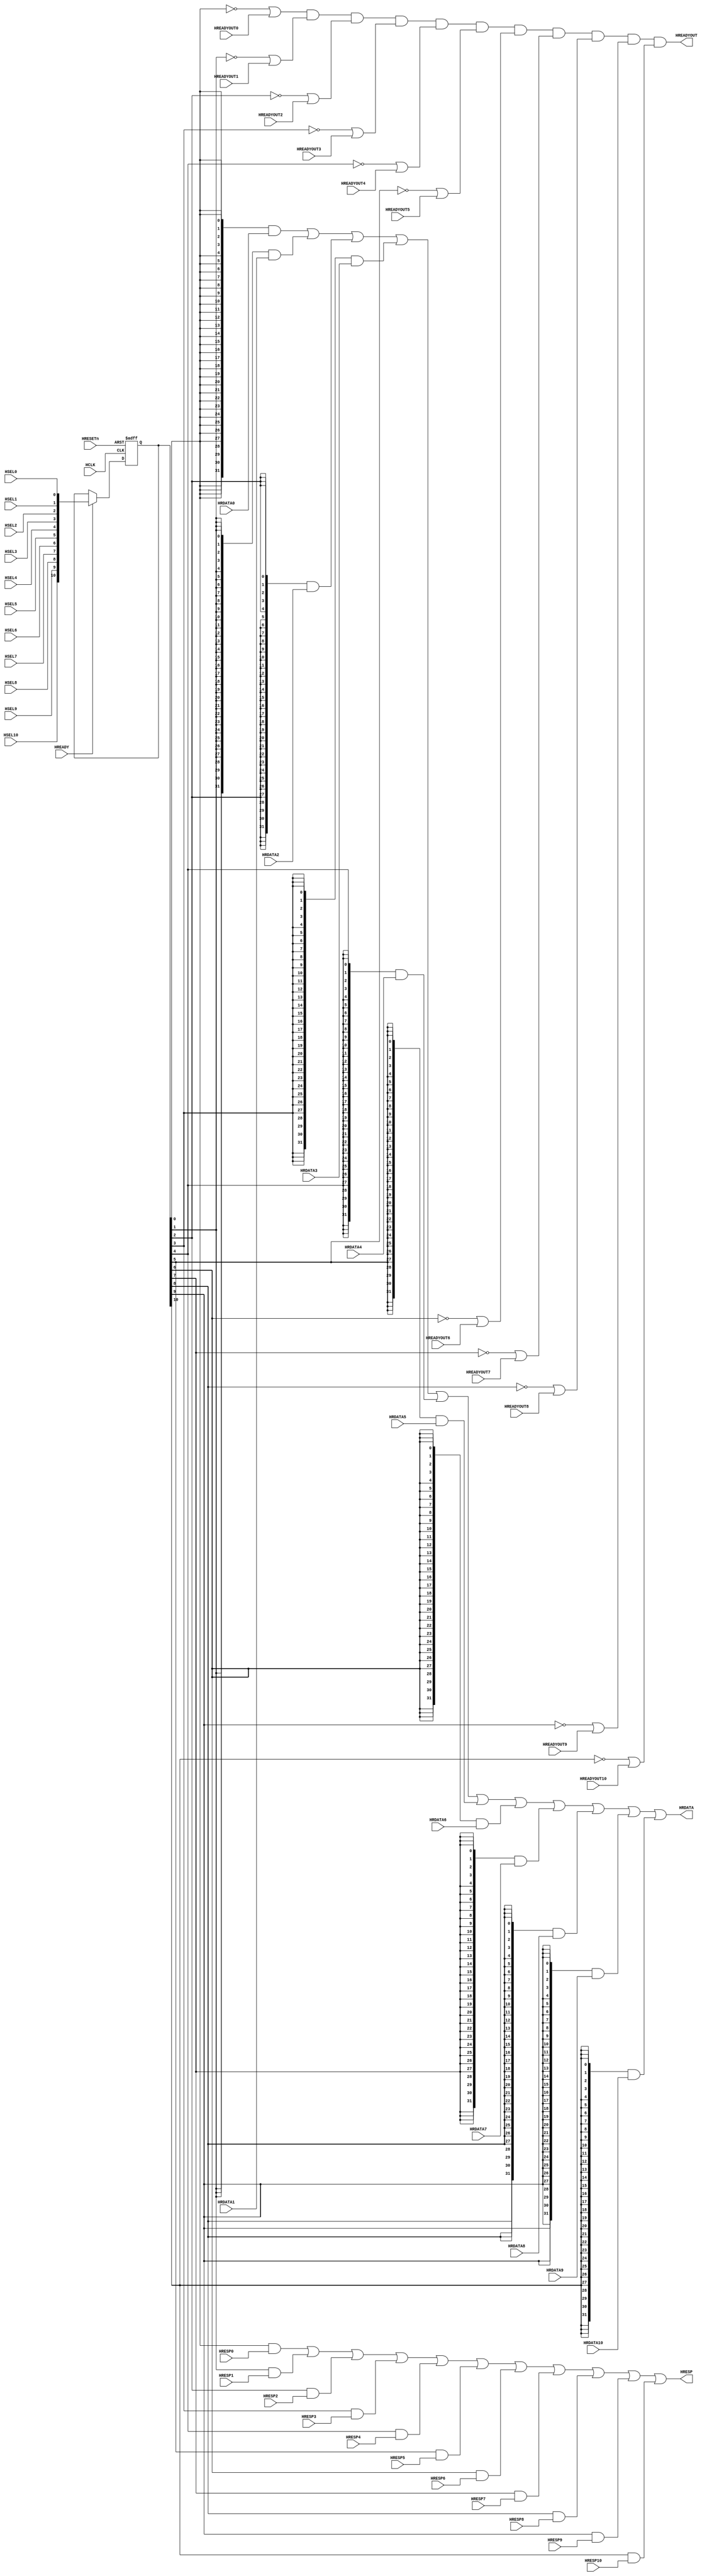
//------------------------------------------------------------------------------
// The confidential and proprietary information contained in this file may
// only be used by a person authorised under and to the extent permitted
// by a subsisting licensing agreement from ARM Limited.
//
//            (C) COPYRIGHT 2010-2015  ARM Limited or its affiliates.
//                ALL RIGHTS RESERVED
//
// This entire notice must be reproduced on all copies of this file
// and copies of this file may only be made by a person if such person is
// permitted to do so under the terms of a subsisting license agreement
// from ARM Limited.
//
//  Version and Release Control Information:
//
//  File Revision       : $Revision: 275084 $
//  File Date           : $Date: 2014-03-27 15:09:11 +0000 (Thu, 27 Mar 2014) $
//
//  Release Information : Cortex-M0 DesignStart-r1p0-00rel0
//------------------------------------------------------------------------------
// Verilog-2001 (IEEE Std 1364-2001)
//------------------------------------------------------------------------------
//
//-----------------------------------------------------------------------------
// Abstract : Simple AHB slave multiplexer
//-----------------------------------------------------------------------------
// Each port can be disabled by parameter if not used.

module cmsdk_ahb_slave_mux #(
  // Parameters to enable/disable ports
  // By default all ports are enabled
  parameter PORT0_ENABLE=1,
  parameter PORT1_ENABLE=1,
  parameter PORT2_ENABLE=1,
  parameter PORT3_ENABLE=1,
  parameter PORT4_ENABLE=1,
  parameter PORT5_ENABLE=1,
  parameter PORT6_ENABLE=1,
  parameter PORT7_ENABLE=1,
  parameter PORT8_ENABLE=1,
  parameter PORT9_ENABLE=1,
  parameter PORT10_ENABLE=1,

  // Data Bus Width
  parameter DW=32
 )
 (
 
   //user deifine
  input  wire          HSEL10,      // HSEL for AHB Slave #10
  input  wire          HREADYOUT10, // HREADY for Slave connection #10
  input  wire          HRESP10,     // HRESP  for slave connection #10
  input  wire [DW-1:0] HRDATA10,    // HRDATA for slave connection #10
 
  input  wire          HCLK,       // Clock
  input  wire          HRESETn,    // Reset
  input  wire          HREADY,     // Bus ready
  input  wire          HSEL0,      // HSEL for AHB Slave #0
  input  wire          HREADYOUT0, // HREADY for Slave connection #0
  input  wire          HRESP0,     // HRESP  for slave connection #0
  input  wire [DW-1:0] HRDATA0,    // HRDATA for slave connection #0
  input  wire          HSEL1,      // HSEL for AHB Slave #1
  input  wire          HREADYOUT1, // HREADY for Slave connection #1
  input  wire          HRESP1,     // HRESP  for slave connection #1
  input  wire [DW-1:0] HRDATA1,    // HRDATA for slave connection #1
  input  wire          HSEL2,      // HSEL for AHB Slave #2
  input  wire          HREADYOUT2, // HREADY for Slave connection #2
  input  wire          HRESP2,     // HRESP  for slave connection #2
  input  wire [DW-1:0] HRDATA2,    // HRDATA for slave connection #2
  input  wire          HSEL3,      // HSEL for AHB Slave #3
  input  wire          HREADYOUT3, // HREADY for Slave connection #3
  input  wire          HRESP3,     // HRESP  for slave connection #3
  input  wire [DW-1:0] HRDATA3,    // HRDATA for slave connection #3
  input  wire          HSEL4,      // HSEL for AHB Slave #4
  input  wire          HREADYOUT4, // HREADY for Slave connection #4
  input  wire          HRESP4,     // HRESP  for slave connection #4
  input  wire [DW-1:0] HRDATA4,    // HRDATA for slave connection #4
  input  wire          HSEL5,      // HSEL for AHB Slave #5
  input  wire          HREADYOUT5, // HREADY for Slave connection #5
  input  wire          HRESP5,     // HRESP  for slave connection #5
  input  wire [DW-1:0] HRDATA5,    // HRDATA for slave connection #5
  input  wire          HSEL6,      // HSEL for AHB Slave #6
  input  wire          HREADYOUT6, // HREADY for Slave connection #6
  input  wire          HRESP6,     // HRESP  for slave connection #6
  input  wire [DW-1:0] HRDATA6,    // HRDATA for slave connection #6
  input  wire          HSEL7,      // HSEL for AHB Slave #7
  input  wire          HREADYOUT7, // HREADY for Slave connection #7
  input  wire          HRESP7,     // HRESP  for slave connection #7
  input  wire [DW-1:0] HRDATA7,    // HRDATA for slave connection #7
  input  wire          HSEL8,      // HSEL for AHB Slave #8
  input  wire          HREADYOUT8, // HREADY for Slave connection #8
  input  wire          HRESP8,     // HRESP  for slave connection #8
  input  wire [DW-1:0] HRDATA8,    // HRDATA for slave connection #8
  input  wire          HSEL9,      // HSEL for AHB Slave #9
  input  wire          HREADYOUT9, // HREADY for Slave connection #9
  input  wire          HRESP9,     // HRESP  for slave connection #9
  input  wire [DW-1:0] HRDATA9,    // HRDATA for slave connection #9
  

  
  output wire          HREADYOUT,  // HREADY output to AHB master and AHB slaves
  output wire          HRESP,      // HRESP to AHB master
  output wire [DW-1:0] HRDATA      // Read data to AHB master
  );

  wire          mux_hready;   // multiplexed HREADY signal
  
  
  //reg     [9:0] reg_hsel;     // Register selection control
  //wire    [9:0] nxt_hsel_reg; // next state for nxt_hsel_reg

  reg     [10:0] reg_hsel;     // Register selection control
  wire    [10:0] nxt_hsel_reg; // next state for nxt_hsel_reg
  
  
  assign  nxt_hsel_reg[0] = HSEL0 & (PORT0_ENABLE!=0);
  assign  nxt_hsel_reg[1] = HSEL1 & (PORT1_ENABLE!=0);
  assign  nxt_hsel_reg[2] = HSEL2 & (PORT2_ENABLE!=0);
  assign  nxt_hsel_reg[3] = HSEL3 & (PORT3_ENABLE!=0);
  assign  nxt_hsel_reg[4] = HSEL4 & (PORT4_ENABLE!=0);
  assign  nxt_hsel_reg[5] = HSEL5 & (PORT5_ENABLE!=0);
  assign  nxt_hsel_reg[6] = HSEL6 & (PORT6_ENABLE!=0);
  assign  nxt_hsel_reg[7] = HSEL7 & (PORT7_ENABLE!=0);
  assign  nxt_hsel_reg[8] = HSEL8 & (PORT8_ENABLE!=0);
  assign  nxt_hsel_reg[9] = HSEL9 & (PORT9_ENABLE!=0);

  //user define
  assign  nxt_hsel_reg[10] = HSEL10 & (PORT10_ENABLE!=0);
  
  // Registering MuxCtrl
  always @(posedge HCLK or negedge HRESETn)
  begin
   if (~HRESETn)
     reg_hsel <= {11{1'b0}};
   else if (HREADY) // advance pipeline if HREADY is 1
     reg_hsel <= nxt_hsel_reg;
  end

  assign mux_hready =
           ((~reg_hsel[0]) | HREADYOUT0 | (PORT0_ENABLE==0)) &
           ((~reg_hsel[1]) | HREADYOUT1 | (PORT1_ENABLE==0)) &
           ((~reg_hsel[2]) | HREADYOUT2 | (PORT2_ENABLE==0)) &
           ((~reg_hsel[3]) | HREADYOUT3 | (PORT3_ENABLE==0)) &
           ((~reg_hsel[4]) | HREADYOUT4 | (PORT4_ENABLE==0)) &
           ((~reg_hsel[5]) | HREADYOUT5 | (PORT5_ENABLE==0)) &
           ((~reg_hsel[6]) | HREADYOUT6 | (PORT6_ENABLE==0)) &
           ((~reg_hsel[7]) | HREADYOUT7 | (PORT7_ENABLE==0)) &
           ((~reg_hsel[8]) | HREADYOUT8 | (PORT8_ENABLE==0)) &
           ((~reg_hsel[9]) | HREADYOUT9 | (PORT9_ENABLE==0)) &
			  ((~reg_hsel[10]) | HREADYOUT10 | (PORT10_ENABLE==0)) ;

  assign HREADYOUT = mux_hready; // Connect to top level

  assign HRDATA =
           ({DW{(reg_hsel[0] & (PORT0_ENABLE!=0))}} & HRDATA0) |
           ({DW{(reg_hsel[1] & (PORT1_ENABLE!=0))}} & HRDATA1) |
           ({DW{(reg_hsel[2] & (PORT2_ENABLE!=0))}} & HRDATA2) |
           ({DW{(reg_hsel[3] & (PORT3_ENABLE!=0))}} & HRDATA3) |
           ({DW{(reg_hsel[4] & (PORT4_ENABLE!=0))}} & HRDATA4) |
           ({DW{(reg_hsel[5] & (PORT5_ENABLE!=0))}} & HRDATA5) |
           ({DW{(reg_hsel[6] & (PORT6_ENABLE!=0))}} & HRDATA6) |
           ({DW{(reg_hsel[7] & (PORT7_ENABLE!=0))}} & HRDATA7) |
           ({DW{(reg_hsel[8] & (PORT8_ENABLE!=0))}} & HRDATA8) |
           ({DW{(reg_hsel[9] & (PORT9_ENABLE!=0))}} & HRDATA9) |
			  ({DW{(reg_hsel[10] & (PORT10_ENABLE!=0))}} & HRDATA10) ;

  assign HRESP =
           (reg_hsel[0] & HRESP0 & (PORT0_ENABLE!=0)) |
           (reg_hsel[1] & HRESP1 & (PORT1_ENABLE!=0)) |
           (reg_hsel[2] & HRESP2 & (PORT2_ENABLE!=0)) |
           (reg_hsel[3] & HRESP3 & (PORT3_ENABLE!=0)) |
           (reg_hsel[4] & HRESP4 & (PORT4_ENABLE!=0)) |
           (reg_hsel[5] & HRESP5 & (PORT5_ENABLE!=0)) |
           (reg_hsel[6] & HRESP6 & (PORT6_ENABLE!=0)) |
           (reg_hsel[7] & HRESP7 & (PORT7_ENABLE!=0)) |
           (reg_hsel[8] & HRESP8 & (PORT8_ENABLE!=0)) |
           (reg_hsel[9] & HRESP9 & (PORT9_ENABLE!=0)) |
			  (reg_hsel[10] & HRESP10 & (PORT10_ENABLE!=0)) ;

   // ------------------------------------------------------------

`ifdef ARM_AHB_ASSERT_ON
   // ------------------------------------------------------------
   // Assertions
   // ------------------------------------------------------------
`include "std_ovl_defines.h"

   // When HREADYOUT is low, reg_hsel must be non-zero (Property of design)
   assert_never
     #(`OVL_ERROR,`OVL_ASSERT,
       "reg_hsel must not be zero when HREADYOUT is low")
   u_ovl_readyout_asserted_when_not_active
     (.clk(HCLK), .reset_n(HRESETn),
      .test_expr( (~HREADYOUT) & (reg_hsel=={10{1'b0}}))
      );

   // Properties of the inputs of the design

   // HSEL should be one-hot
   // If this OVL fires - there is an error in the design of the address decoder
   assert_zero_one_hot
     #(`OVL_FATAL,10,`OVL_ASSERT,
       "Only one HSEL input can be activated.")
   u_ovl_hsel_one_hot
     (.clk(HCLK), .reset_n(HRESETn),
      .test_expr({HSEL0,
                  HSEL1,
                  HSEL2,
                  HSEL3,
                  HSEL4,
                  HSEL5,
                  HSEL6,
                  HSEL7,
                  HSEL8,
                  HSEL9}));

   // When HREADYOUT is low, HREADY should be low
   assert_never
     #(`OVL_ERROR,`OVL_ASSERT,
       "HREADY should be low when HREADYOUT is low")
   u_ovl_ready_mismatch
     (.clk(HCLK), .reset_n(HRESETn),
      .test_expr( (~HREADYOUT) & HREADY )
      );

   // Check if a disabled port is selected
   //  (system design error, check the verilog parameter in module instantiation)
   assert_never
     #(`OVL_ERROR,`OVL_ASSERT,
       "A disabled port is selected")
   u_ovl_disabled_port_selected
     (.clk(HCLK), .reset_n(HRESETn),
      .test_expr(HREADY & (
        ((PORT0_ENABLE==0) & HSEL0) |
        ((PORT1_ENABLE==0) & HSEL1) |
        ((PORT2_ENABLE==0) & HSEL2) |
        ((PORT3_ENABLE==0) & HSEL3) |
        ((PORT4_ENABLE==0) & HSEL4) |
        ((PORT5_ENABLE==0) & HSEL5) |
        ((PORT6_ENABLE==0) & HSEL6) |
        ((PORT7_ENABLE==0) & HSEL7) |
        ((PORT8_ENABLE==0) & HSEL8) |
        ((PORT9_ENABLE==0) & HSEL9)
        ))
      );

`endif


endmodule